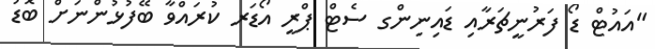
"އައުޓް ޑޯ ފަރުނީޗަރާއި ޑައިނިންގ ސެޓް ޕްރީ އޯޑަރ ކުރައްވާ ބޭފުޅުންނަށް ބޮޑު